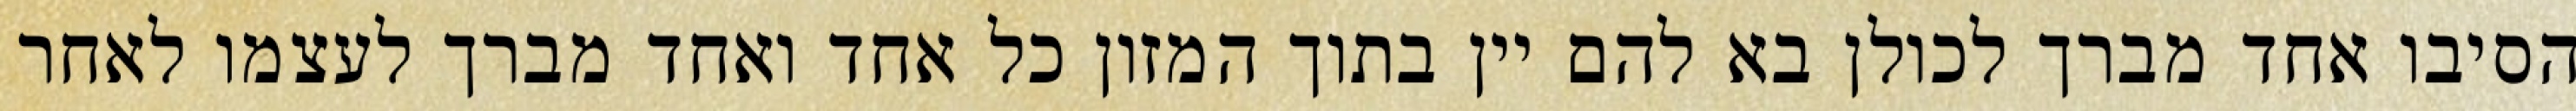
הסיבו אחד מברך לכולן בא להם יין בתוך המזון כל אחד ואחד מברך לעצמו לאחר